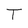
Character: T